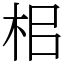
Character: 㭒